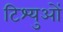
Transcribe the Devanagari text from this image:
टिश्युओं